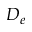
D _ { e }